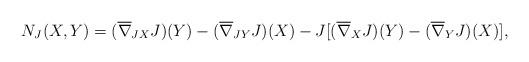
LaTeX: \begin{align*}N_{J}(X,Y)=(\overline{\nabla}_{JX}J)(Y)-(\overline{\nabla}_{JY}J)(X)-J[(\overline{\nabla}_{X}J)(Y)-(\overline{\nabla}_{Y}J)(X)],\end{align*}